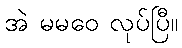
အဲ မမဝေ လုပ်ပြီ။